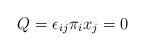
LaTeX: \begin{align*}Q = \epsilon_{ij}\pi_i x_j = 0 \end{align*}